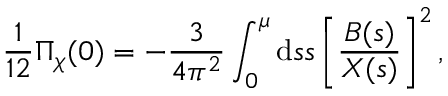
{ \frac { 1 } { 1 2 } } \Pi _ { \chi } ( 0 ) = - \frac { 3 } { 4 \pi ^ { 2 } } \int _ { 0 } ^ { \mu } \mathrm { d } s s \left[ \frac { B ( s ) } { X ( s ) } \right] ^ { 2 } ,